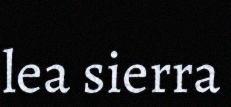
lea sierra